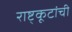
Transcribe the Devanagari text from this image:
राष्ट्कूटांची